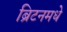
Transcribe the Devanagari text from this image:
ब्रिटनमधे